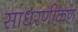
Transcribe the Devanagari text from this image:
साधरणीकण